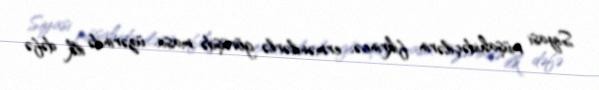
Siyasi müşahidəçilərin fikrincə, ermənilərlə görüşdə masa üzərində ilk dəfə